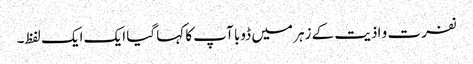
نفرت و اذیت کے زہر میں ڈوبا آپ کا کہا گیا ایک ایک لفظ۔